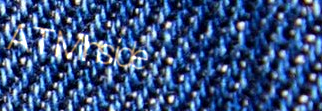
ATMInside